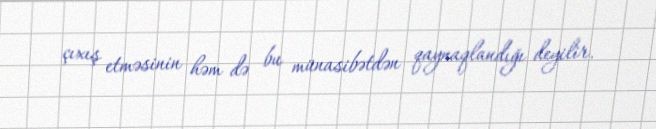
çıxış etməsinin həm də bu münasibətdən qaynaqlandığı deyilir.